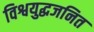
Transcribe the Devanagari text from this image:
विश्वयुद्धजनित